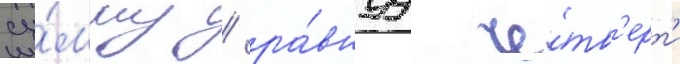
су́мму / ра́внуу че́тв'ерт'и